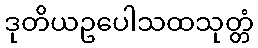
ဒုတိယဥပေါသထသုတ္တံ